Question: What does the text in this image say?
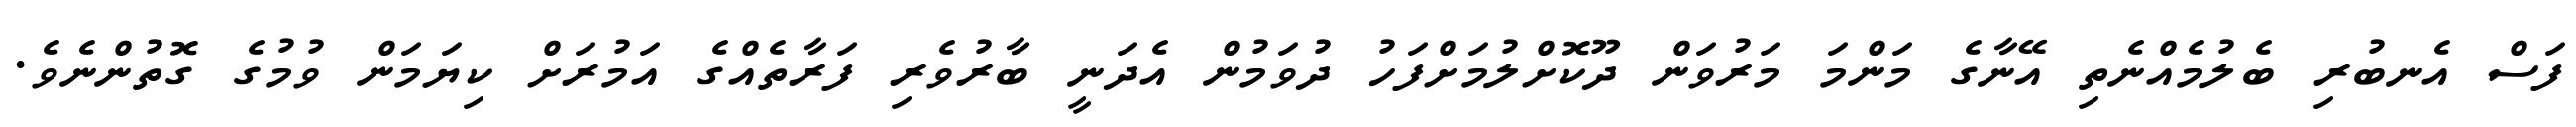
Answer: ފަސް އެނބުރި ބެލުމެއްނެތި އޭނާގެ މަންމަ މަރުވަން ދޫކޮށްލުމަށްފަހު ދުވަމުން އެދަނީ ބާރުވެރި ފަރާތެއްގެ އަމުރަށް ކިޔަމަން ވުމުގެ ގޮތުންނެވެ.